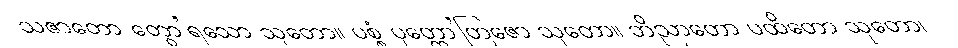
သဇာတော တွော’ရသော သုတော။ ပစ္စံ ပုတ္တော’တြဇော သုတော။ ဘိညာတော ပထိတော သုတော၊